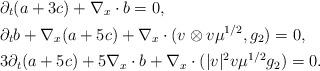
LaTeX: \begin{align*}&\partial_t (a+3c) + \nabla_x \cdot b=0,\\&\partial_t b + \nabla_x (a+5c) + \nabla_x \cdot (v\otimes v \mu^{1/2}, g_2) =0,\\&3\partial_t(a+5c) +5\nabla_x \cdot b + \nabla_x \cdot (\vert v\vert^2 v \mu^{1/2} g_2)=0. \end{align*}